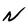
Character: N